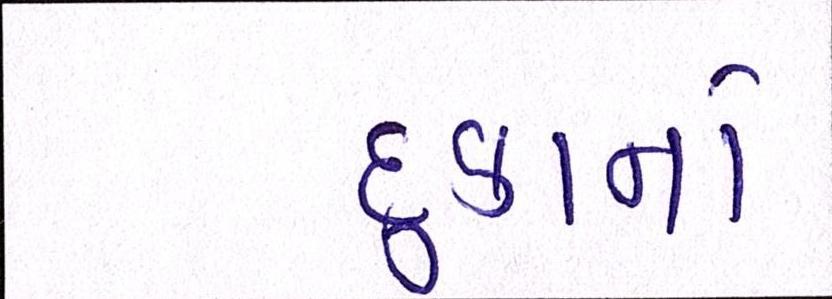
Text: દુકાનો